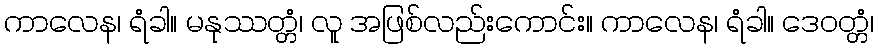
ကာလေန၊ ရံခါ။ မနုဿတ္တံ၊ လူ အဖြစ်လည်းကောင်း။ ကာလေန၊ ရံခါ။ ဒေဝတ္တံ၊